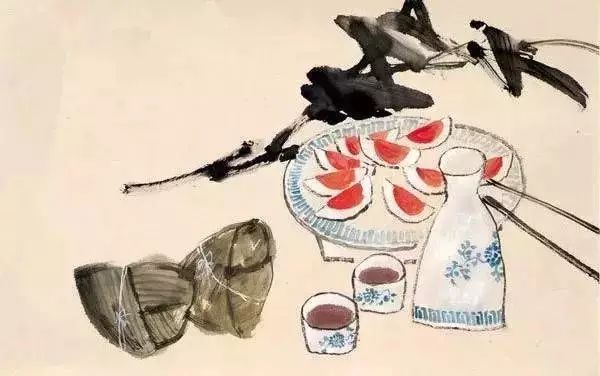
何意更觞昌歜酒，为君击节一长歌。